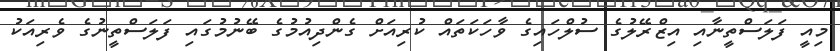
މިއީ ފަލަސްތީނާއި އިޒްރޭލުގެ ސުލްހައިގެ ވާހަކަތައް ކުރިއަށް ގެންދިއުމުގެ ބޭނުމުގައި ފަލަސްތީނުގެ ވެރިއަކު